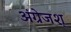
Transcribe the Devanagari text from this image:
अंग्रेजश्